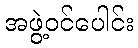
အဖွဲ့ဝင်ပေါင်း